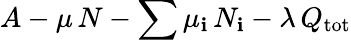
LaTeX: A-\mu\, N-\sum\mu_{\mathbf{i}}\, N_{\mathbf{i}}-\lambda\, Q_{\mathrm{{tot}}}